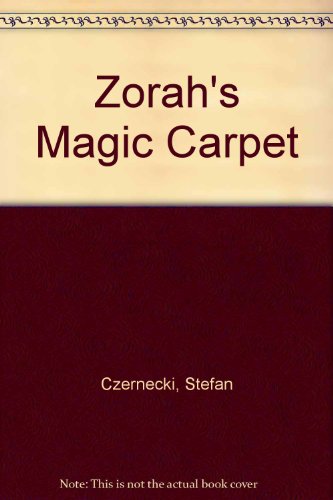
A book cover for Zorah's Magic Carpet; Stefan Czernecki; Children's Books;